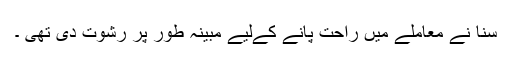
سنا نے معاملے میں راحت پانے کےلیے مبینہ طور پر رشوت دی تھی ۔